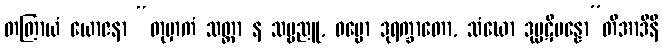
တတြာယံ ယောဇနာ “တုမှာကံ သတ္ထာ န သဗ္ဗညူ, ဓမ္မော ဒုရက္ခာတော, သံဃော ဒုပ္ပဋိပန္နော”တိအာဒီနိ